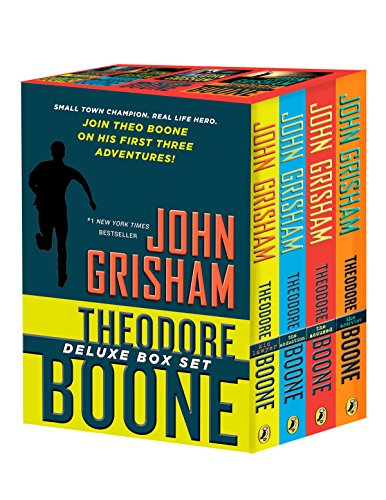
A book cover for Theodore Boone Box Set; John Grisham; Children's Books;